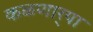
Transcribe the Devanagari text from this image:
कळणार्‍या